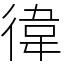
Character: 徫